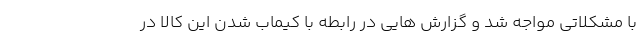
با مشکلاتی مواجه شد و گزارش هایی در رابطه با کیماب شدن این کالا در